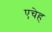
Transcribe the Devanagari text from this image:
एचेह